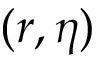
( r , \eta )